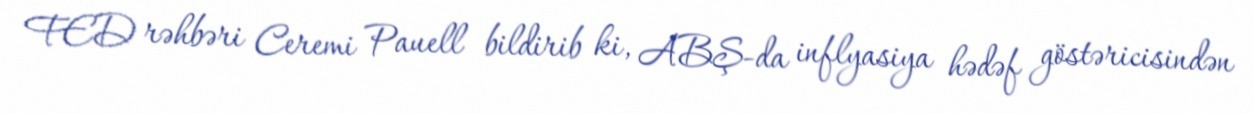
FED rəhbəri Ceremi Pauell bildirib ki, ABŞ-da inflyasiya hədəf göstəricisindən